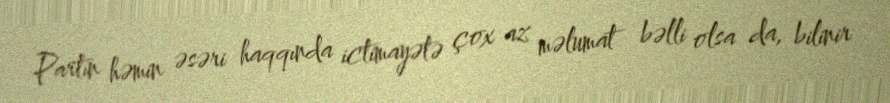
Partın həmin əsəri haqqında ictimayətə çox az məlumat bəlli olsa da, bilinir